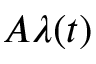
A \lambda ( t )